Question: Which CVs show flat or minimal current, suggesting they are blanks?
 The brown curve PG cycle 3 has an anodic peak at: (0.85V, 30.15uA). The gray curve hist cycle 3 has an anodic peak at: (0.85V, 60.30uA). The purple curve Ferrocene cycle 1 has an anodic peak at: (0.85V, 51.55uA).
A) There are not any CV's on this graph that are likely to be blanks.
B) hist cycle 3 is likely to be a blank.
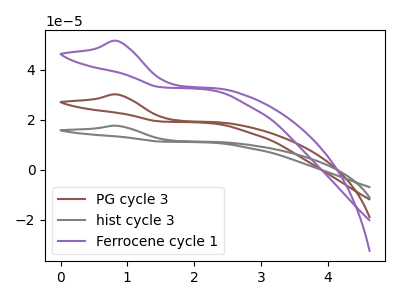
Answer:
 <answer>A) There are not any CV's on this graph that are likely to be blanks.</answer>
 <eval>A</eval>